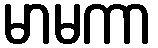
မာမကာ